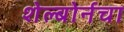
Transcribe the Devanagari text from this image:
शेल्बोर्नचा